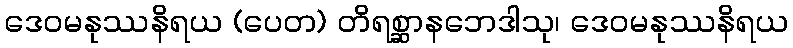
ဒေဝမနုဿနိရယ (ပေတ) တိရစ္ဆာနဘေဒါသု၊ ဒေဝမနုဿနိရယ